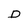
Character: D